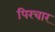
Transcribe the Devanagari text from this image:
पिरचार